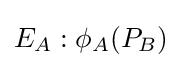
E_{A}:\phi _{A}(P_{B})